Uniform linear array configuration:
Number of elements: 48
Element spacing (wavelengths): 1
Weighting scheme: uniform
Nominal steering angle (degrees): -45
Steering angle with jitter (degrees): -45.608
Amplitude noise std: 0.05
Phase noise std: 0.05

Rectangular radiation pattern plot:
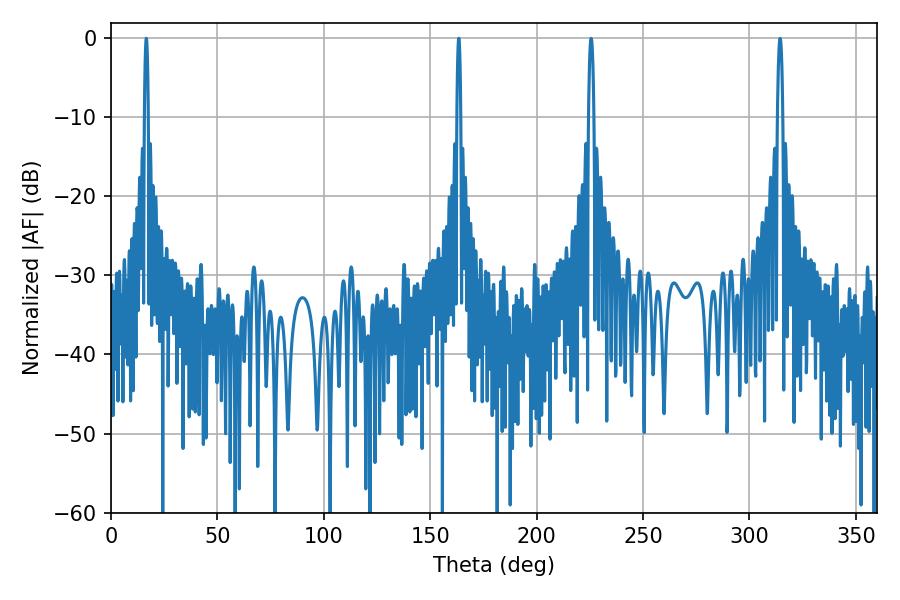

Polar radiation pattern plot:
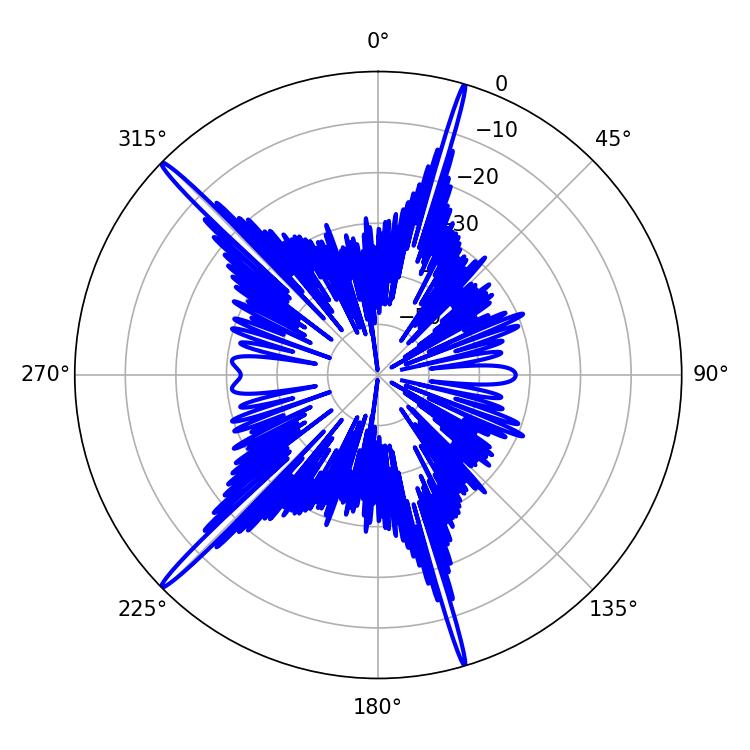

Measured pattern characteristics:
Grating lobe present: TRUE
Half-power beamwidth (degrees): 0.9
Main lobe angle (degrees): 16.56